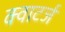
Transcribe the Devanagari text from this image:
क्वाटर्ज